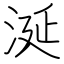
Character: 涎